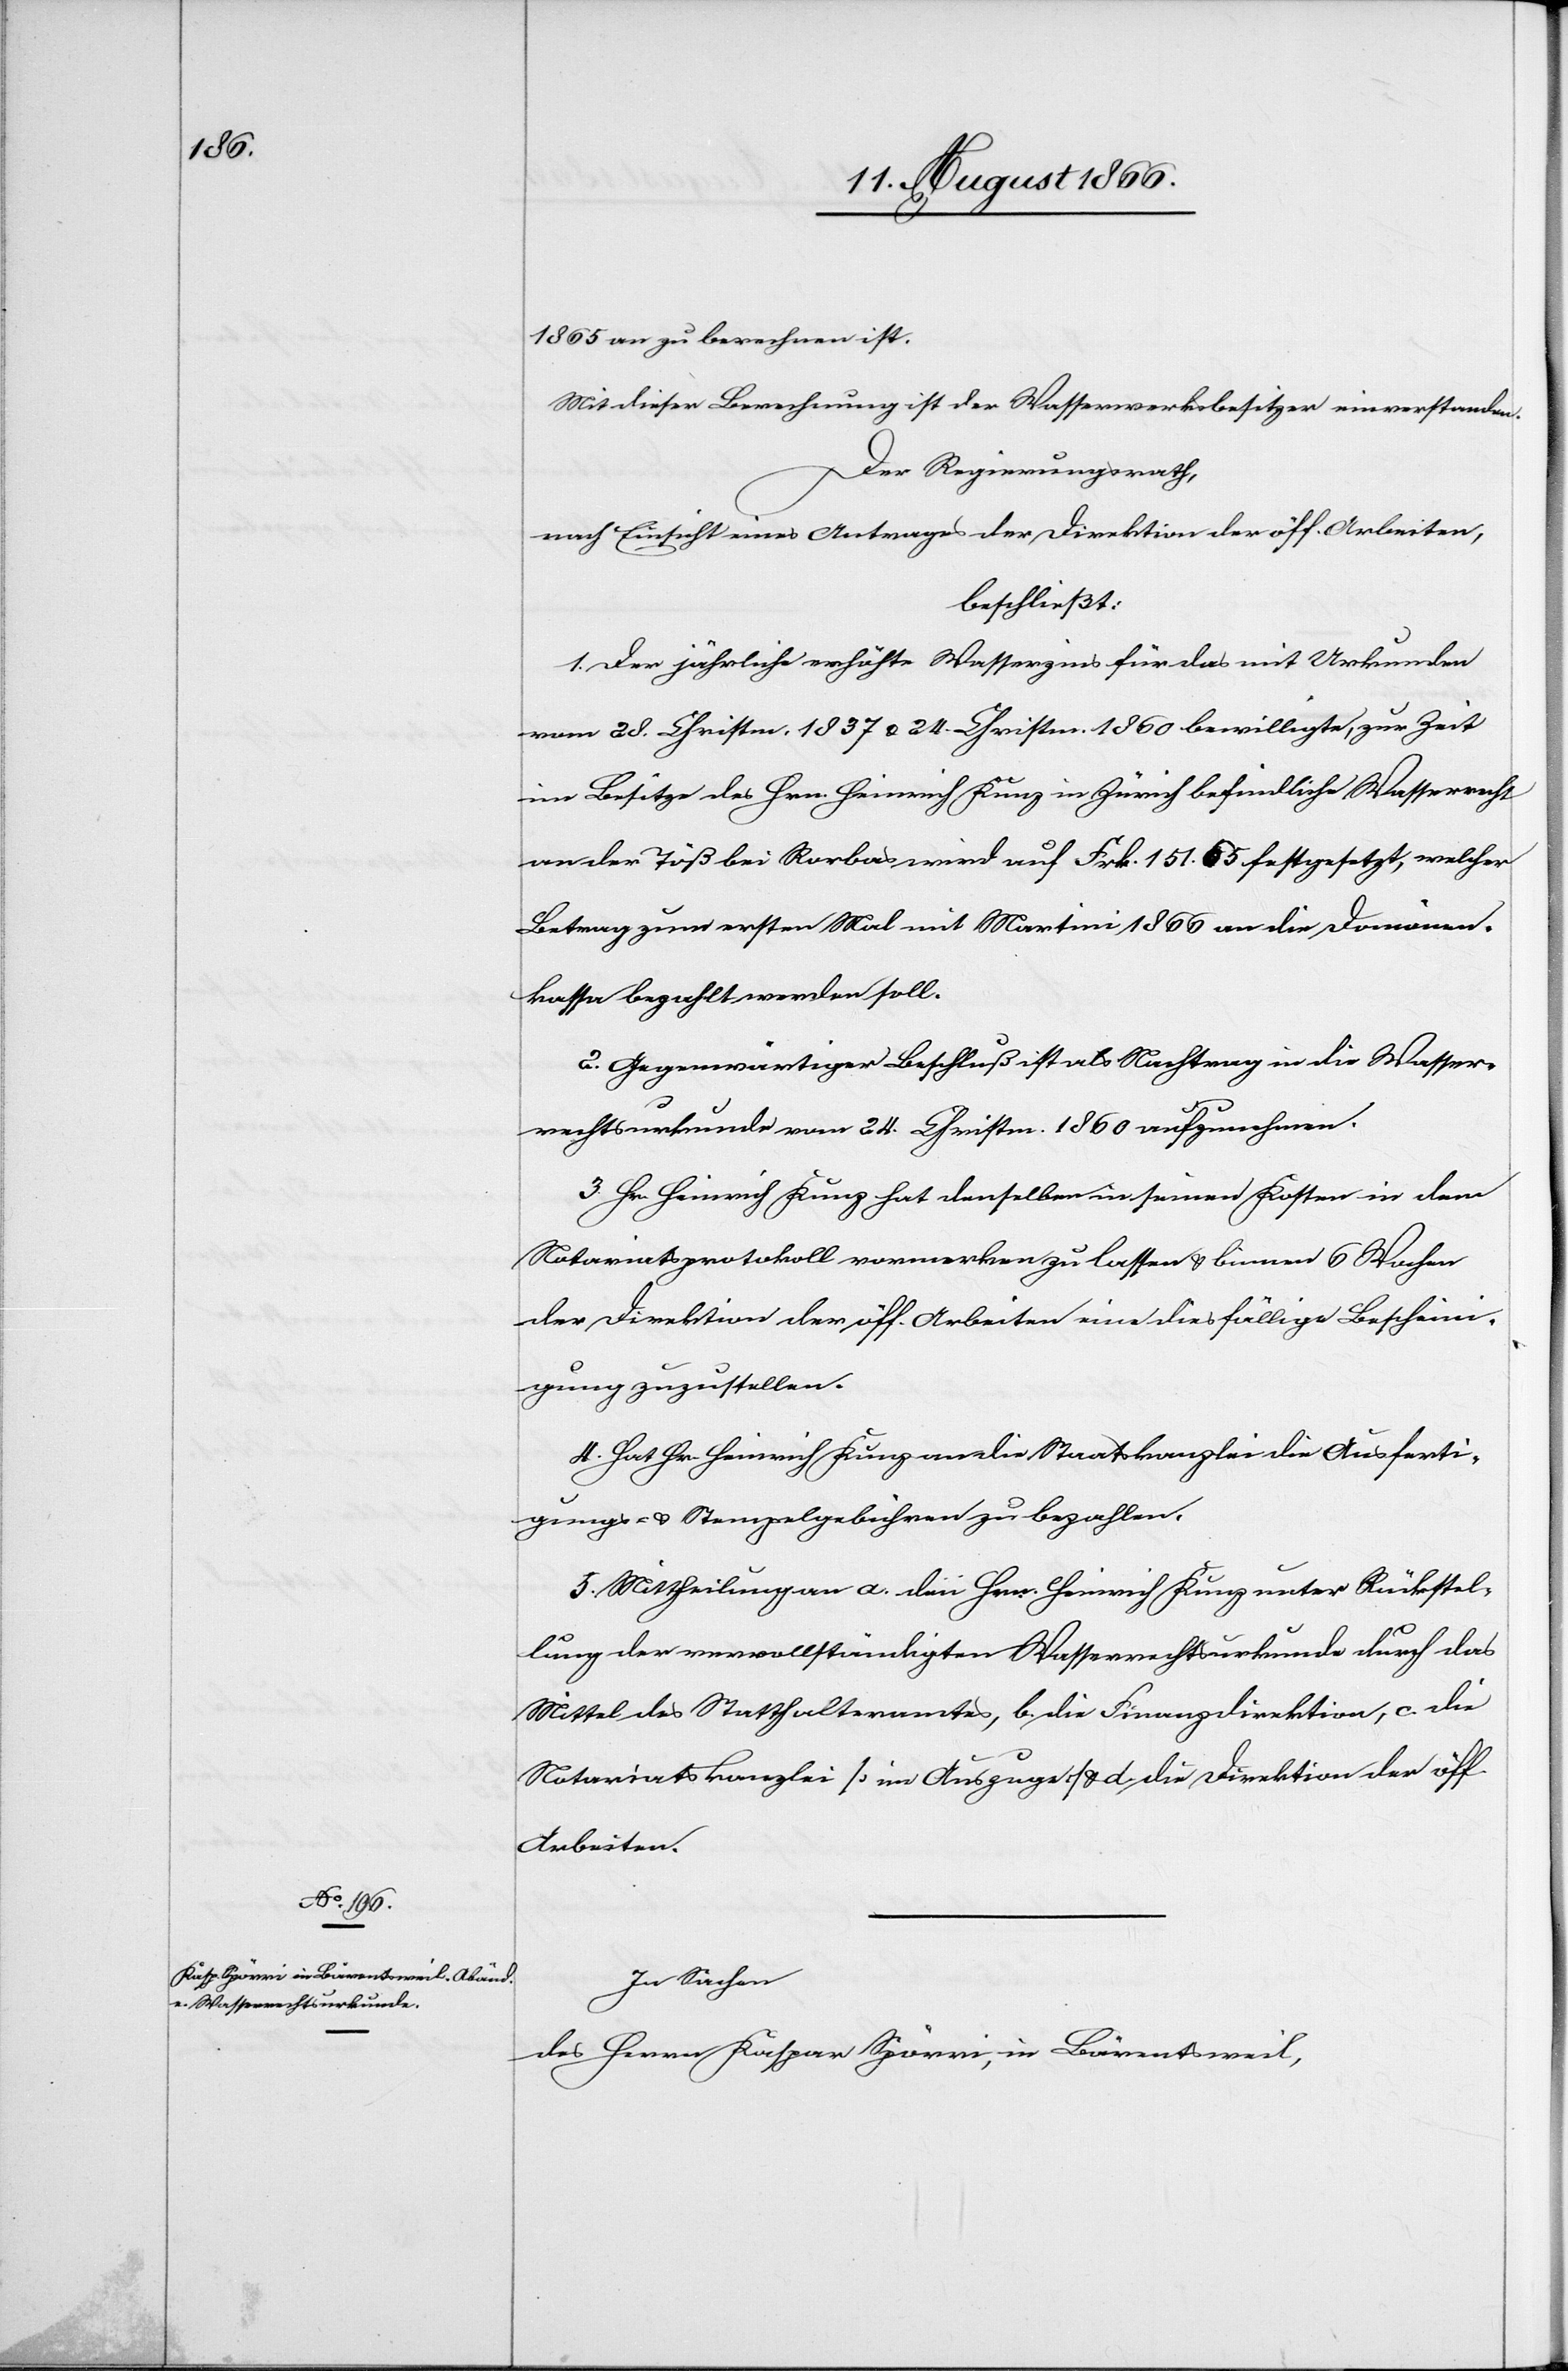
1.

1865 an zu berechnen ist.
Mit dieser Berechnung ist der Wasserwerksbesitzer einverstanden.
Der Regierungsrath,
nach Einsicht eines Antrages der Direktion der öff. Arbeiten,
beschließt:
vom 28. Christm. 1837 u. 24. Christm. 1860 bewilligte, zur Zeit
im Besitze des Hrn. Heinrich Kunz in Zürich befindliche Wasserrecht
an der Töß bei Rorbas wird auf Frk. 151.65 festgesetzt, welcher
Betrag zum ersten Mal mit Martini 1866 an die Domänen¬
kassa bezahlt werden soll.
2. Gegenwärtiger Beschluß ist als Nachtrag in die Wasser¬
rechtskurkunde vom 24. Christm. 1860 aufzunehmen.
3. Hr. Heinrich Kunz hat denselben in seinen Kosten in dem
Notariatsprotokoll vormerken zu lassen u. binnen 6 Wochen
der Direktion der öff. Arbeiten eine diesfällige Beschein¬
igung zuzustellen.
4. Hat Hr. Heinrich Kunz an die Staatskanzlei die Ausferti¬
gungs- u. Stempelgebühren zu bezahlen.
5. Mittheilung an a. den Hrn. Heinrich Kunz unter Rückstel¬
lung der vervollständigten Wasserrechtsurkunde durch das
Mittel des Statthalteramtes, b. die Finanzdirektion, c. die
Notariatskanzlei [im Auszuge] u. d. die Direktion der öff.
Arbeiten.
In Sachen
des Herrn Kaspar Spörri, in Bärentsweil,